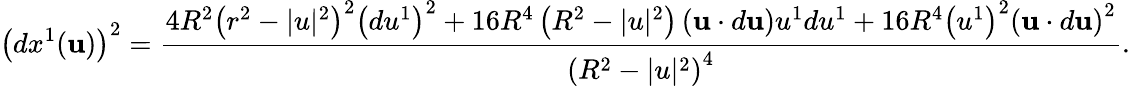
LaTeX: \left(dx^{1}(\mathbf{u})\right)^{2}={\frac{4R^{2}\left(r^{2}-|u|^{2}\right)^{2}\left(du^{1}\right)^{2}+16R^{4}\left(R^{2}-|u|^{2}\right)\left(\mathbf{u}\cdot d\mathbf{u}\right)u^{1}du^{1}+16R^{4}\left(u^{1}\right)^{2}\left(\mathbf{u}\cdot d\mathbf{u}\right)^{2}}{\left(R^{2}-|u|^{2}\right)^{4}}}.